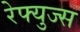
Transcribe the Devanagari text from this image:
रेफ्युज्स